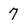
Character: 7